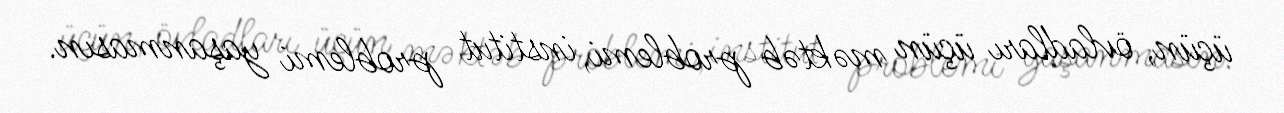
üçün, övladları üçün məktəb problemi, institut problemi yaşanmasın.